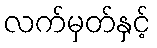
လက်မှတ်နှင့်